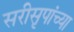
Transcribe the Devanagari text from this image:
सरीसृपांच्या